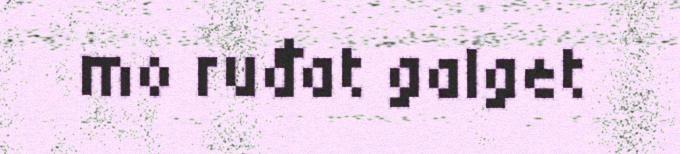
mo ruđat galget